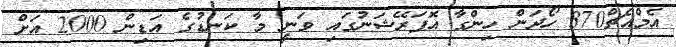
އެމްއެޗް370 ހޯދަން ހިންގާ އޮޕަރޭޝަނުގައި ވަނީ މާ ކަނޑުގެ އަޑިން 2000 އަށް